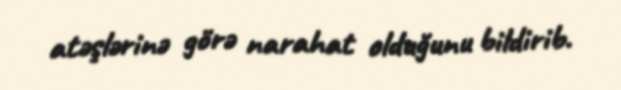
atəşlərinə görə narahat olduğunu bildirib.